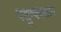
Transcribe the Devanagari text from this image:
पशुव्यवसाय